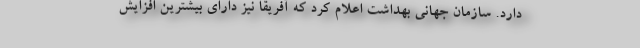
دارد. سازمان جهانی بهداشت اعلام کرد که آفریقا نیز دارای بیشترین افزایش